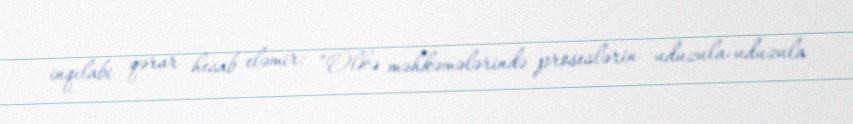
inqilabi qərar hesab eləmir: “Ölkə məhkəmələrində proseslərin uduzula-uduzula